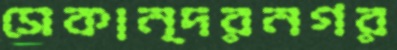
সেকান্দরনগর